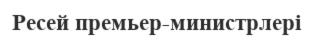
Ресей премьер-министрлері